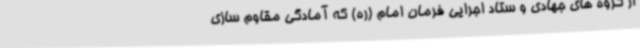
از گروه های جهادی و ستاد اجرایی فرمان امام (ره) که آمادگی مقاوم سازی